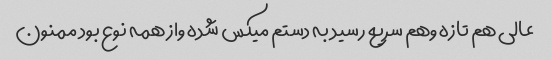
عالی هم تازه وهم سریع رسید به دستم میکس شده واز همه نوع بود ممنون